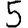
Digit: 5